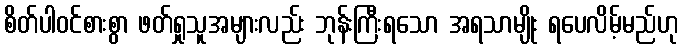
စိတ်ပါဝင်စားစွာ ဖတ်ရှုသူအများလည်း ဘုန်းကြီးရသော အရသာမျိုး ရပေလိမ့်မည်ဟု